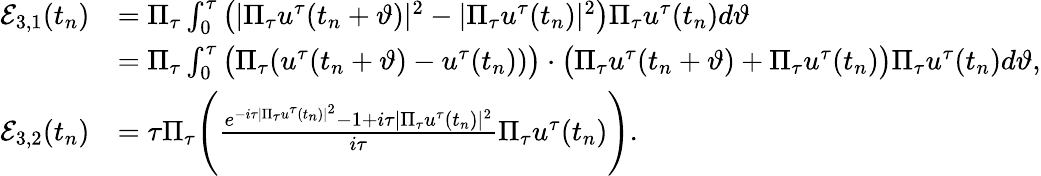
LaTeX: \begin{array}{rl}{\mathcal{E}_{3,1}(t_{n})}&{=\Pi_{\tau}\int_{0}^{\tau}\big(|\Pi_{\tau}u^{\tau}(t_{n}+\vartheta)|^{2}-|\Pi_{\tau}u^{\tau}(t_{n})|^{2}\big)\Pi_{\tau}u^{\tau}(t_{n})d\vartheta}\\ &{=\Pi_{\tau}\int_{0}^{\tau}\big(\Pi_{\tau}(u^{\tau}(t_{n}+\vartheta)-u^{\tau}(t_{n}))\big)\cdot\big(\Pi_{\tau}u^{\tau}(t_{n}+\vartheta)+\Pi_{\tau}u^{\tau}(t_{n})\big)\Pi_{\tau}u^{\tau}(t_{n})d\vartheta,}\\ {\mathcal{E}_{3,2}(t_{n})}&{=\tau\Pi_{\tau}\Bigg(\frac{e^{-i\tau|\Pi_{\tau}u^{\tau}(t_{n})|^{2}}-1+i\tau|\Pi_{\tau}u^{\tau}(t_{n})|^{2}}{i\tau}\Pi_{\tau}u^{\tau}(t_{n})\Bigg).}\end{array}